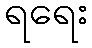
ရရေး